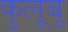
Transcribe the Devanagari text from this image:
कुलूबू